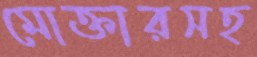
মোক্তারসহ